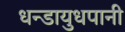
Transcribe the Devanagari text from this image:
धन्डायुधपानी